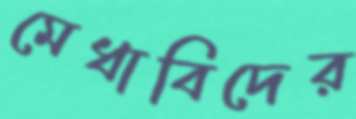
মেধাবিদের